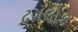
ઢગલોક